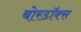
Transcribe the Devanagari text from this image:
बोरडॉक्स